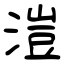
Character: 溰